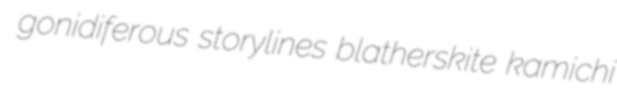
gonidiferous storylines blatherskite kamichi